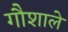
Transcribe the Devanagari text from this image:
गौशाले